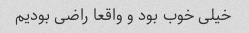
خیلی خوب بود و واقعا راضی بودیم